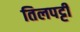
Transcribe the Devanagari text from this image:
तिलपट्टी